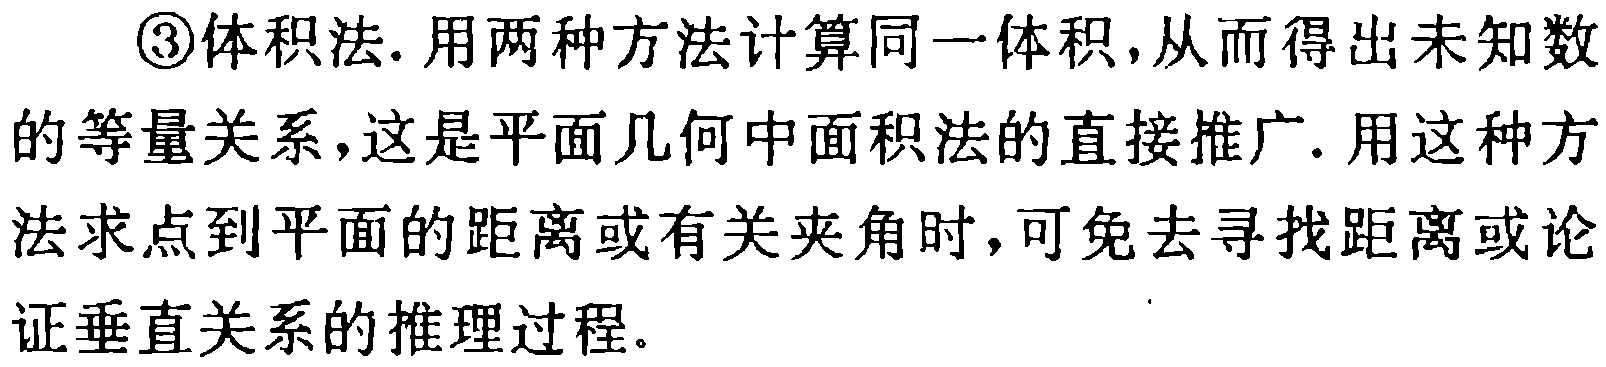
\textcircled{3}体积法. 用两种方法计算同一体积,从而得出未知数的等量关系,这是平面几何中面积法的直接推广. 用这种方法求点到平面的距离或有关夹角时,可免去寻找距离或论证垂直关系的推理过程.